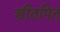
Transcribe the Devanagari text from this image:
शीतपित